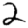
Digit: 2